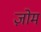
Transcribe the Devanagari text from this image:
ज़ोम